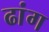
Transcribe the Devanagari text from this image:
ढांग